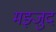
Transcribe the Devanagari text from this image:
मझ्जुद